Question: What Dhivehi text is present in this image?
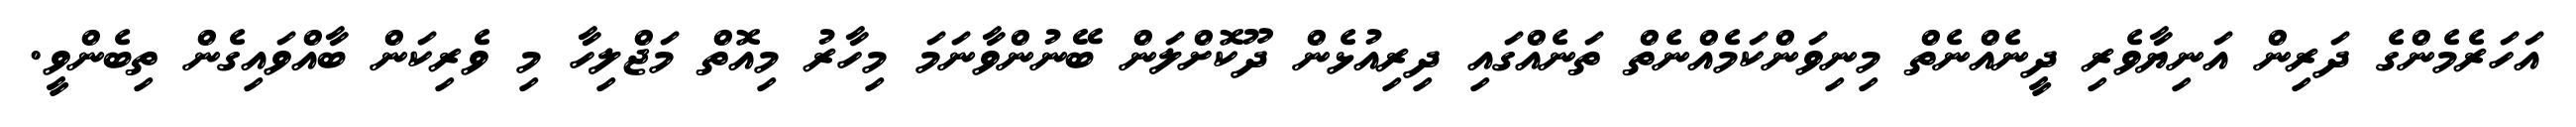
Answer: އަހަރެމެންގެ ދަރިން އަނިޔާވެރި ދީނެއްނެތް މިނިވަންކަމެއްނެތް ތަނެއްގައި ދިރިއުޅެން ދޫކޮށްލަން ބޭނުންވާނަމަ މިހާރު މިއޮތް މަޖްލިހާ މި ވެރިކަން ބާއްވައިގެން ތިބެންވީ.